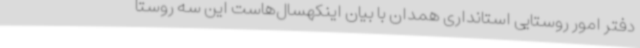
دفتر امور روستایی استانداری همدان با بیان اینکهسال‌هاست این سه روستا